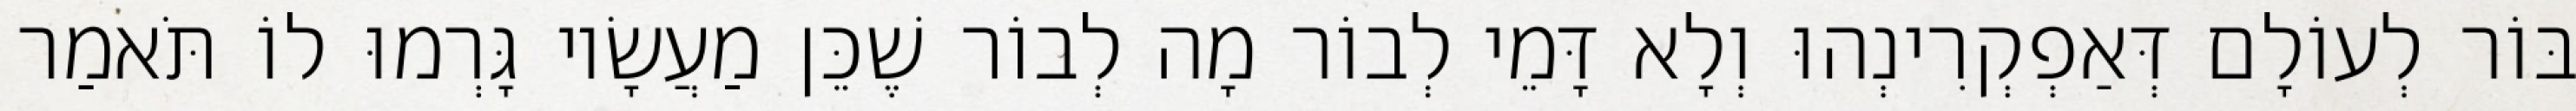
בּוֹר לְעוֹלָם דְּאַפְקְרִינְהוּ וְלָא דָּמֵי לְבוֹר מָה לְבוֹר שֶׁכֵּן מַעֲשָׂיו גָּרְמוּ לוֹ תֹּאמַר